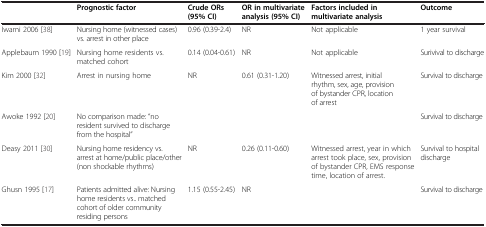
|  | Prognostic factor | Crude ORs (95% CI) | OR in multivariate analysis (95% CI) | Factors included in multivariate analysis | Outcome |
 | --- | --- | --- | --- | --- | --- |
 | Iwami 2006 [38] | Nursing home (witnessed cases) vs. arrest in other place | 0.96 (0.39-2.4) | NR | Not applicable | 1 year survival |
 | Applebaum 1990 [19] | Nursing home residents vs. matched cohort | 0.14 (0.04-0.61) | NR | Not applicable | Surivival to discharge |
 | Kim 2000 [32] | Arrest in nursing home | NR | 0.61 (0.31-1.20) | Witnessed arrest, initial rhythm, sex, age, provision of bystander CPR, location of arrest | Survival to discharge |
 | Awoke 1992 [20] | No comparison made: “no resident survived to discharge from the hospital” |  |  |  | Survival to discharge |
 | Deasy 2011 [30] | Nursing home residency vs. arrest at home/public place/other (non shockable rhythms) | NR | 0.26 (0.11-0.60) | Witnessed arrest, year in which arrest took place, sex, provision of bystander CPR, EMS response time, location of arrest. | Survival to hospital discharge |
 | Ghusn 1995 [17] | Patients admitted alive: Nursing home residents vs.. matched cohort of older community residing persons | 1.15 (0.55-2.45) | NR |  | Survival to discharge |